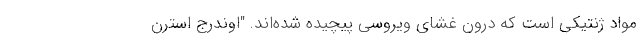
مواد ژنتیکی است که درون غشای ویروسی پیچیده شده‌اند. "اوندرج استرن